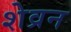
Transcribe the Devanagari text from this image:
शेव्रन